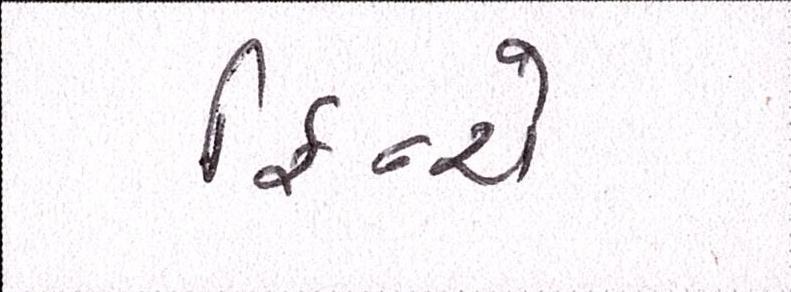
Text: ફિન્ચે